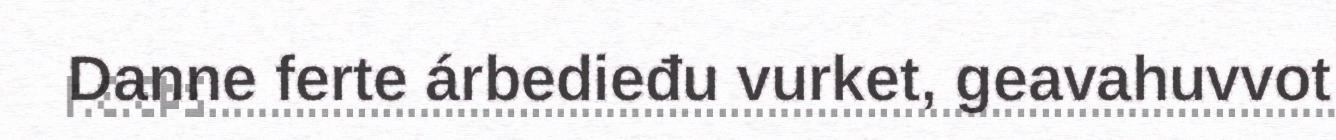
Danne ferte árbedieđu vurket, geavahuvvot